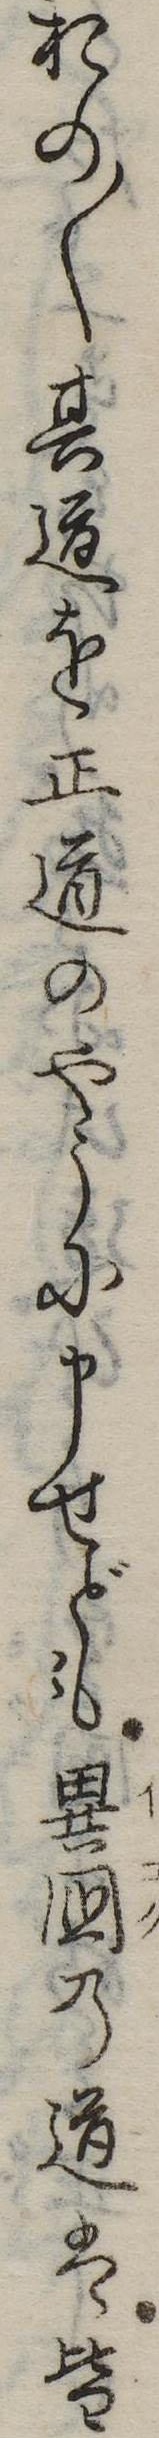
おの〱其道を正道のやうに申せども異国の道は皆